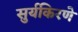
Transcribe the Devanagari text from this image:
सुर्यकिरणे